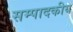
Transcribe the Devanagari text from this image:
सम्‍पादकीय